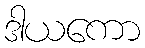
ဒါယကော